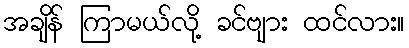
အချိန် ကြာမယ်လို့ ခင်ဗျား ထင်လား။